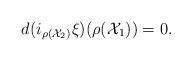
LaTeX: \begin{align*}d(i_{\rho(\mathcal{X}_2)}\mathcal{\xi})(\rho(\mathcal{X}_1))=0.\end{align*}